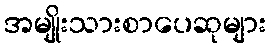
အမျိုးသားစာပေဆုများ